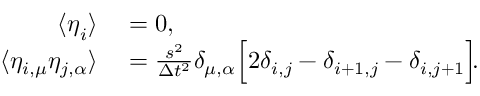
\begin{array} { r l } { \langle \boldsymbol { \eta } _ { i } \rangle } & { { } = 0 , } \\ { \langle \eta _ { i , \mu } \eta _ { j , \alpha } \rangle } & { { } = \frac { s ^ { 2 } } { \Delta t ^ { 2 } } \delta _ { \mu , \alpha } \Big [ 2 \delta _ { i , j } - \delta _ { i + 1 , j } - \delta _ { i , j + 1 } \Big ] \! . } \end{array}